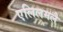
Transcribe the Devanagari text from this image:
एलिलमलै